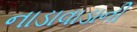
નાડાવાડાની